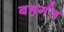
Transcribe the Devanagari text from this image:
बहर्गत